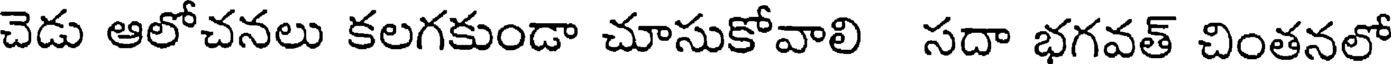
చెడు ఆలోచనలు కలగకుండా చూసుకోవాలి సదా భగవత్ చింతనలో